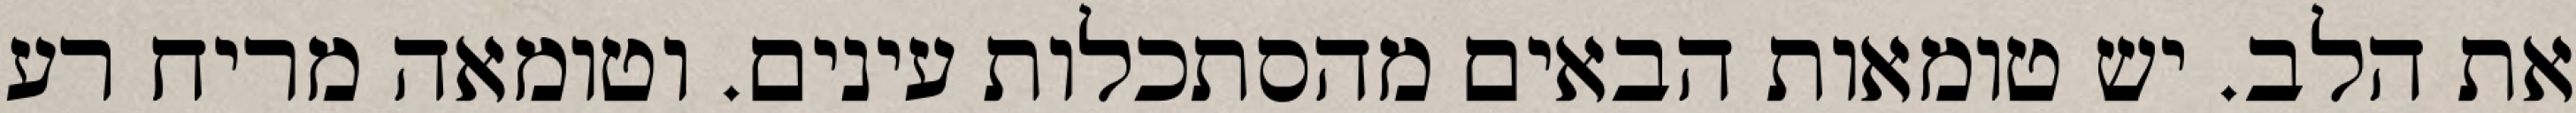
את הלב. יש טומאות הבאים מהסתכלות עינים. וטומאה מריח רע